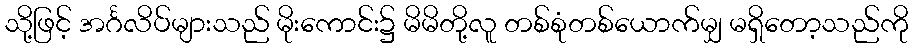
သို့ဖြင့် အင်္ဂလိပ်များသည် မိုးကောင်း၌ မိမိတို့လူ တစ်စုံတစ်ယောက်မျှ မရှိတော့သည်ကို